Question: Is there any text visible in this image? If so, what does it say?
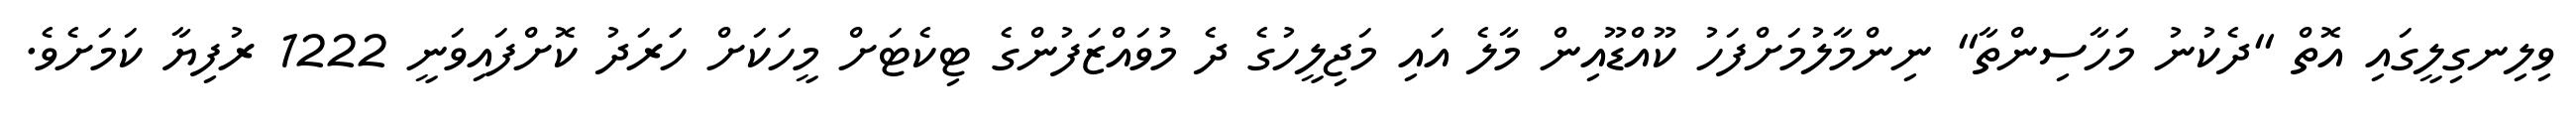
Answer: ވިލިނގިލީގައި އޮތް "ދެކުނު މަހާސިންތާ" ނިންމާލުމަށްފަހު ކޫއްޑޫއިން މާލެ އައި މަޖިލީހުގެ ދެ މުވައްޒަފުންގެ ޓިކެޓަށް މީހަކަށް ހަަރަދު ކޮށްފައިވަނީ 1222 ރުފިޔާ ކަމަށެވެ.